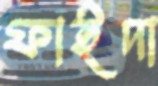
ফাইদা